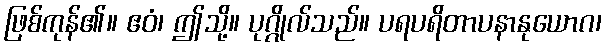
ဖြစ်ကုန်၏။ ဧဝံ၊ ဤသို့။ ပုဂ္ဂိုလ်သည်။ ပရပရိတာပနာနုယောဂ၊